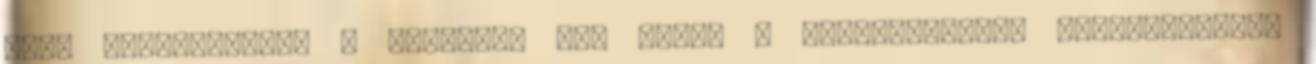
záró akkordjához, a termelők egy része a növényvédelem szempontjából